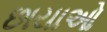
છાયાઓ